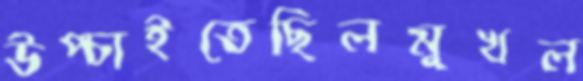
উপ্‌চাইতেছিলমুখল